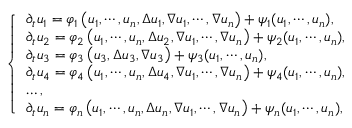
\left\{ \begin{array} { l l } { \displaystyle { \partial _ { t } u _ { 1 } = { \varphi } _ { 1 } \left( u _ { 1 } , \cdots , u _ { n } , \Delta u _ { 1 } , \nabla u _ { 1 } , \cdots , \nabla u _ { n } \right) + \psi _ { 1 } ( u _ { 1 } , \cdots , u _ { n } ) } , } \\ { \displaystyle { \partial _ { t } u _ { 2 } = { \varphi } _ { 2 } \left( u _ { 1 } , \cdots , u _ { n } , \Delta u _ { 2 } , \nabla u _ { 1 } , \cdots , \nabla u _ { n } \right) + \psi _ { 2 } ( u _ { 1 } , \cdots , u _ { n } ) } , } \\ { \displaystyle { \partial _ { t } u _ { 3 } = { \varphi } _ { 3 } \left( u _ { 3 } , \Delta u _ { 3 } , \nabla u _ { 3 } \right) + \psi _ { 3 } ( u _ { 1 } , \cdots , u _ { n } ) } , } \\ { \displaystyle { \partial _ { t } u _ { 4 } = { \varphi } _ { 4 } \left( u _ { 1 } , \cdots , u _ { n } , \Delta u _ { 4 } , \nabla u _ { 1 } , \cdots , \nabla u _ { n } \right) + \psi _ { 4 } ( u _ { 1 } , \cdots , u _ { n } ) } , } \\ { \displaystyle { \ldots , } } \\ { \displaystyle { \partial _ { t } u _ { n } = { \varphi } _ { n } \left( u _ { 1 } , \cdots , u _ { n } , \Delta u _ { n } , \nabla u _ { 1 } , \cdots , \nabla u _ { n } \right) + \psi _ { n } ( u _ { 1 } , \cdots , u _ { n } ) } , } \end{array} \right.